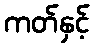
ကတ်နှင့်